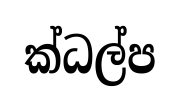
ක්ධල්ප